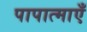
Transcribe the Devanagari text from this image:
पापात्माएँ